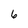
Character: 6